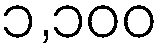
၁,၁၀၀